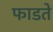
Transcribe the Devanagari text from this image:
फाडते